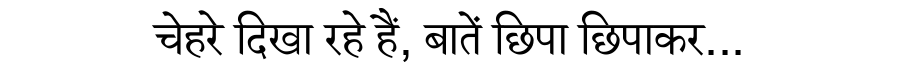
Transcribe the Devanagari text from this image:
चेहरे दिखा रहे हैं, बातें छिपा छिपाकर...